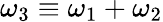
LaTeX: \omega_{3}\equiv\omega_{1}+\omega_{2}